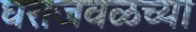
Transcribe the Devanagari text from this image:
घराजवळच्या